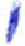
אות: י